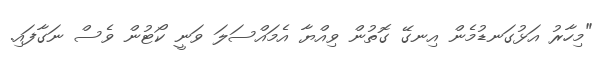
"މިހާރު އަޅުގަނޑުމެން އިނގޭ ގޮތުން ވިއްޔާ އެމައްސަލަ ވަނީ ކޯޓުން ވެސް ނަގާފައި.